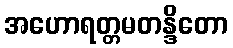
အဟောရတ္တမတန္ဒိတော